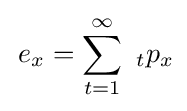
\,e_{x}=\sum _{t=1}^{\infty }\ _{t}p_{x}